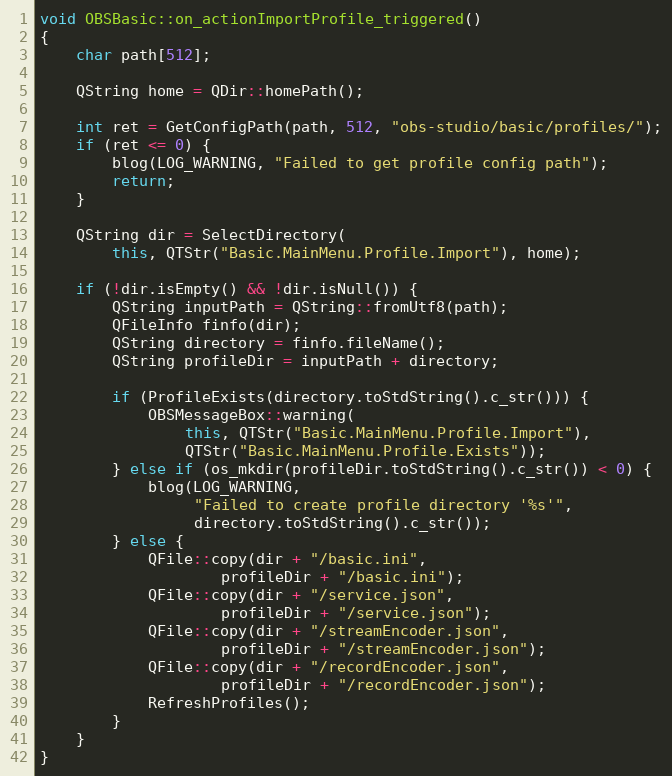
Language: C++
void OBSBasic::on_actionImportProfile_triggered()
{
	char path[512];

	QString home = QDir::homePath();

	int ret = GetConfigPath(path, 512, "obs-studio/basic/profiles/");
	if (ret <= 0) {
		blog(LOG_WARNING, "Failed to get profile config path");
		return;
	}

	QString dir = SelectDirectory(
		this, QTStr("Basic.MainMenu.Profile.Import"), home);

	if (!dir.isEmpty() && !dir.isNull()) {
		QString inputPath = QString::fromUtf8(path);
		QFileInfo finfo(dir);
		QString directory = finfo.fileName();
		QString profileDir = inputPath + directory;

		if (ProfileExists(directory.toStdString().c_str())) {
			OBSMessageBox::warning(
				this, QTStr("Basic.MainMenu.Profile.Import"),
				QTStr("Basic.MainMenu.Profile.Exists"));
		} else if (os_mkdir(profileDir.toStdString().c_str()) < 0) {
			blog(LOG_WARNING,
			     "Failed to create profile directory '%s'",
			     directory.toStdString().c_str());
		} else {
			QFile::copy(dir + "/basic.ini",
				    profileDir + "/basic.ini");
			QFile::copy(dir + "/service.json",
				    profileDir + "/service.json");
			QFile::copy(dir + "/streamEncoder.json",
				    profileDir + "/streamEncoder.json");
			QFile::copy(dir + "/recordEncoder.json",
				    profileDir + "/recordEncoder.json");
			RefreshProfiles();
		}
	}
}